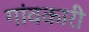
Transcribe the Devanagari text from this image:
गांवकारी